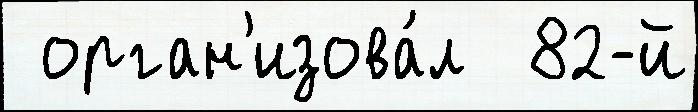
 орган'изова́л  82-й